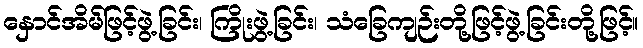
နှောင်အိမ်ဖြင့်ဖွဲ့ခြင်း၊ ကြိုးဖွဲ့ခြင်း၊ သံခြေကျဉ်းတို့ဖြင့်ဖွဲ့ခြင်းတို့ဖြင့်။